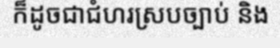
ក៏ដូចជាជំហរស្របច្បាប់ និង